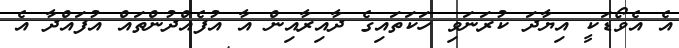
އެ އެވޯޑަކީ އިޔާދަ ކުރަނަވި ހަކަތައިގެ ދާއިރާއިން އާ އުފެއްދުންތައް އުފައްދާ އެ